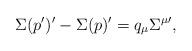
LaTeX: \begin{align*}\Sigma(p^\prime)^\prime-\Sigma(p)^\prime=q_\mu\Sigma^{\mu\prime},\end{align*}